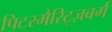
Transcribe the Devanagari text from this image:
पिटरमैरिट्ज़बर्ग